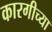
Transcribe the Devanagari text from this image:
कारगीच्या